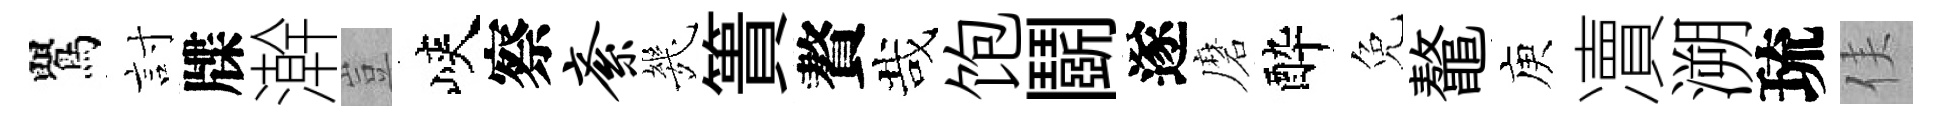
鸎討牒澣豈峽察紊㡬簣贅哉饱鬬遂磨酔免鼇庾凟溯琉侯